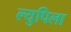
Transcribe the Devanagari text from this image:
ल्युपिला